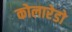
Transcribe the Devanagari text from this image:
कोलारेडो